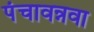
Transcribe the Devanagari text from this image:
पंचावन्नवा